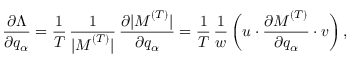
\frac { \partial \Lambda } { \partial q _ { \alpha } } = \frac { 1 } { T } \, \frac { 1 } { | \boldsymbol { M } ^ { ( T ) } | } \, \frac { \partial | \boldsymbol { M } ^ { ( T ) } | } { \partial q _ { \alpha } } = \frac { 1 } { T } \, \frac { 1 } { w } \, \bigg ( \boldsymbol { u } \cdot \frac { \partial \boldsymbol { M } ^ { ( T ) } } { \partial q _ { \alpha } } \cdot \boldsymbol { v } \bigg ) \, ,